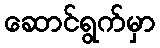
ဆောင်ရွက်မှာ